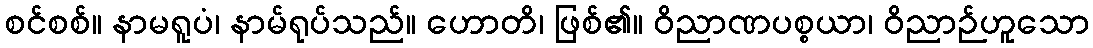
စင်စစ်။ နာမရူပံ၊ နာမ်ရုပ်သည်။ ဟောတိ၊ ဖြစ်၏။ ဝိညာဏပစ္စယာ၊ ဝိညာဉ်ဟူသော